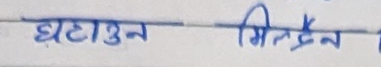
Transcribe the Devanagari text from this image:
घटाउन मिल्दैन